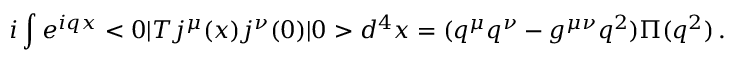
i \int e ^ { i q x } < 0 | T j ^ { \mu } ( x ) j ^ { \nu } ( 0 ) | 0 > d ^ { 4 } x = ( q ^ { \mu } q ^ { \nu } - g ^ { \mu \nu } q ^ { 2 } ) \Pi ( q ^ { 2 } ) \, .